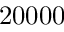
2 0 0 0 0